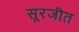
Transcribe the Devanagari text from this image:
सूरजीत